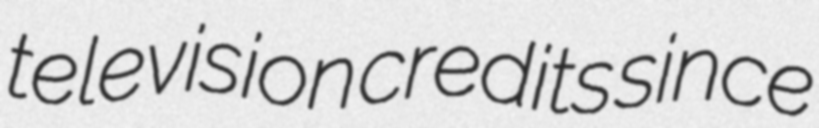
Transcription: television credits since